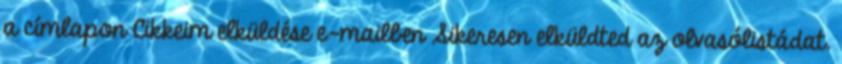
a címlapon Cikkeim elküldése e-mailben Sikeresen elküldted az olvasólistádat.